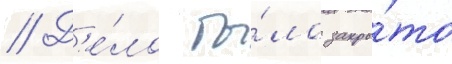
// Д'е́ло бы́ло закры́то